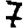
Digit: 7